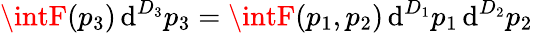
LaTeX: \intF(p_{3})\, \mathrm{d}^{D_{3}}p_{3}=\intF(p_{1},p_{2})\, \mathrm{d}^{D_{1}}p_{1}\, \mathrm{d}^{D_{2}}p_{2}